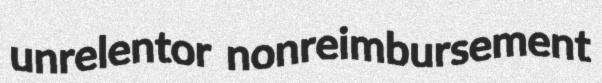
unrelentor nonreimbursement